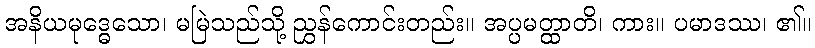
အနိယမုဒ္ဓေသော၊ မမြဲသည်သို့ ညွှန်ကောင်းတည်း။ အပ္ပမတ္ထာတိ၊ ကား။ ပမာဒဿ၊ ၏။